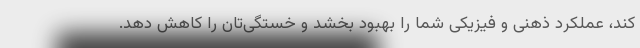
کند، عملکرد ذهنی و فیزیکی شما را بهبود بخشد و خستگی‌تان را کاهش دهد.